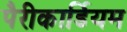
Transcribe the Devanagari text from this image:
पैरीकार्डियम